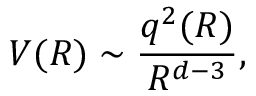
V ( R ) \sim \frac { q ^ { 2 } ( R ) } { R ^ { d - 3 } } ,